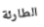
الطارئة